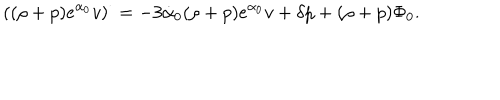
\left( ( \rho + p ) e ^ { \alpha _ { 0 } } v \right) ^ { \cdot } = - 3 \dot { \alpha } _ { 0 } ( \rho + p ) e ^ { \alpha _ { 0 } } v + \delta p + ( \rho + p ) \Phi _ { 0 } .